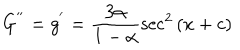
G ^ { ' ^ { \prime } } = g ^ { ' } = \frac { 3 \alpha } { 1 - \alpha } \sec ^ { 2 } { ( x + c ) }